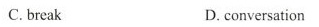
C. break D. conversation